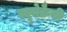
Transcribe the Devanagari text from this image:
ब्यूरोक्रैसी